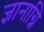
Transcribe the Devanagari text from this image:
ज्ञानाग्नि